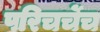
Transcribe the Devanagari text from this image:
परिचर्चेच